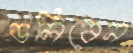
ডলিবেন